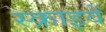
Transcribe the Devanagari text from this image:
स्क्राइवें